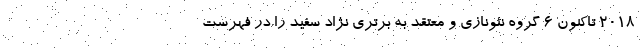
2018 تاکنون 6 گروه نئونازی و معتقد به برتری نژاد سفید را در فهرست